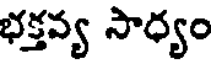
భక్తవ్య సాధ్యం